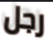
رجل